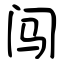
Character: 闯